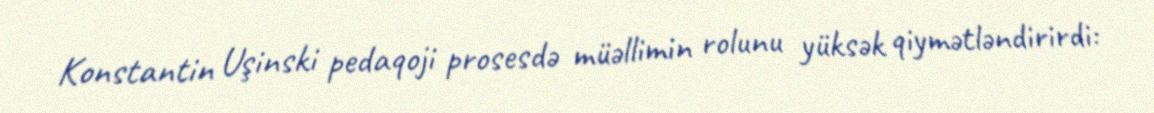
Konstantin Uşinski pedaqoji prosesdə müəllimin rolunu yüksək qiymətləndirirdi: